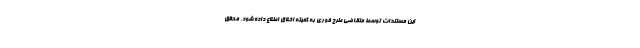
این مستندات توسط متقاضی طرح فوری به کمیته اخلاق اطلاع داده شود. محقق